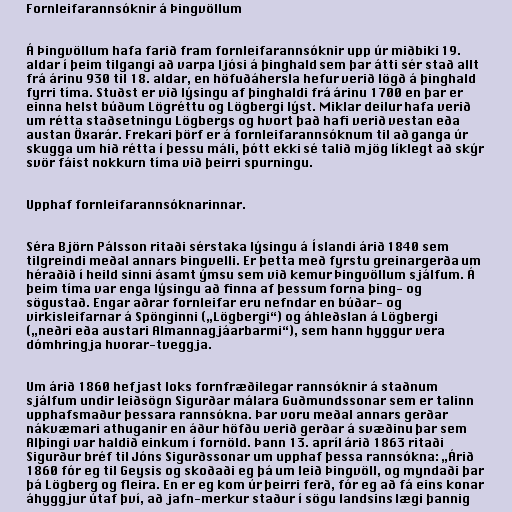
Fornleifarannsóknir á Þingvöllum

Á Þingvöllum hafa farið fram fornleifarannsóknir upp úr miðbiki 19.
aldar í þeim tilgangi að varpa ljósi á þinghald sem þar átti sér stað allt
frá árinu 930 til 18. aldar, en höfuðáhersla hefur verið lögð á þinghald
fyrri tíma. Stuðst er við lýsingu af þinghaldi frá árinu 1700 en þar er
einna helst búðum Lögréttu og Lögbergi lýst. Miklar deilur hafa verið
um rétta staðsetningu Lögbergs og hvort það hafi verið vestan eða
austan Öxarár. Frekari þörf er á fornleifarannsóknum til að ganga úr
skugga um hið rétta í þessu máli, þótt ekki sé talið mjög líklegt að skýr
svör fáist nokkurn tíma við þeirri spurningu.

Upphaf fornleifarannsóknarinnar.

Séra Björn Pálsson ritaði sérstaka lýsingu á Íslandi árið 1840 sem
tilgreindi meðal annars Þingvelli. Er þetta með fyrstu greinargerða um
héraðið í heild sinni ásamt ýmsu sem við kemur Þingvöllum sjálfum. Á
þeim tíma var enga lýsingu að finna af þessum forna þing- og
sögustað. Engar aðrar fornleifar eru nefndar en búðar- og
virkisleifarnar á Spönginni („Lögbergi“) og áhleðslan á Lögbergi
(„neðri eða austari Almannagjáarbarmi“), sem hann hyggur vera
dómhringja hvorar-tveggja.

Um árið 1860 hefjast loks fornfræðilegar rannsóknir á staðnum
sjálfum undir leiðsögn Sigurðar málara Guðmundssonar sem er talinn
upphafsmaður þessara rannsókna. Þar voru meðal annars gerðar
nákvæmari athuganir en áður höfðu verið gerðar á svæðinu þar sem
Alþingi var haldið einkum í fornöld. Þann 13. apríl árið 1863 ritaði
Sigurður bréf til Jóns Sigurðssonar um upphaf þessa rannsókna: „Árið
1860 fór eg til Geysis og skoðaði eg þá um leið Þingvöll, og myndaði þar
þá Lögberg og fleira. En er eg kom úr þeirri ferð, fór eg að fá eins konar
áhyggjur útaf því, að jafn-merkur staður í sögu landsins lægi þannig